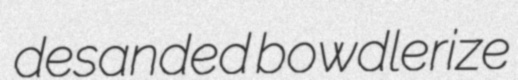
desanded bowdlerize